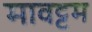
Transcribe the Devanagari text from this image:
मावट्टम